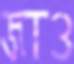
জাও